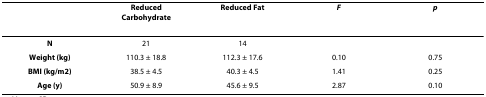
|  | Reduced Carbohydrate | Reduced Fat | F | p |
 | --- | --- | --- | --- | --- |
 | N | 21 | 14 |  |  |
 | Weight (kg) | 110.3 ± 18.8 | 112.3 ± 17.6 | 0.10 | 0.75 |
 | BMI (kg/m2) | 38.5 ± 4.5 | 40.3 ± 4.5 | 1.41 | 0.25 |
 | Age (y) | 50.9 ± 8.9 | 45.6 ± 9.5 | 2.87 | 0.10 |